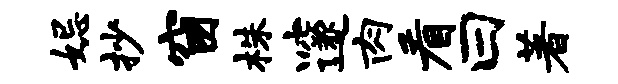
妃抄窗株邃肉看曰著